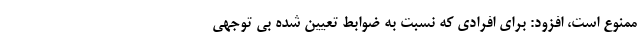
ممنوع است، افزود: برای افرادی که نسبت به ضوابط تعیین شده بی توجهی